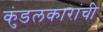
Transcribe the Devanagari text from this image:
कुंडलकारांची